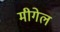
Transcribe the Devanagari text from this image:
मीगेल